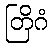
တြိဂံ